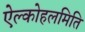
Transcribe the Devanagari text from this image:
ऐल्कोहलमिति